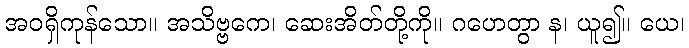
အဝရှိကုန်သော။ အသိဗ္ဗကေ၊ ဆေးအိတ်တို့ကို။ ဂဟေတွာ န၊ ယူ၍။ ယေ၊